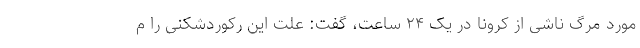
مورد مرگ ناشی از کرونا در یک ۲۴ ساعت، گفت: علت این رکوردشکنی را م